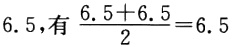
$6.5,有\frac{6.5 + 6.5}{2}=6.5$